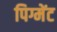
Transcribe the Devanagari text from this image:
पिग्मेंट